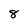
Character: 8